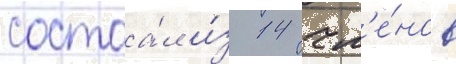
состоа́л и́з 14 чл'е́нов